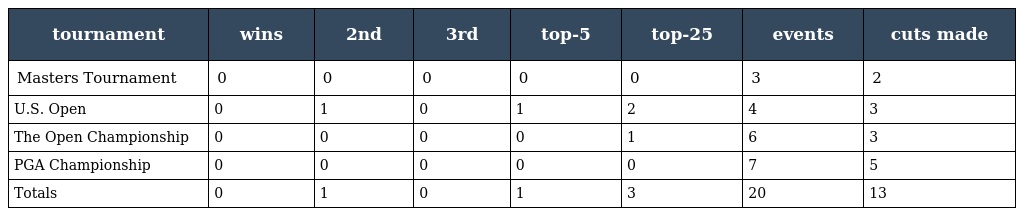
| tournament | wins | 2nd | 3rd | top-5 | top-25 | events | cuts made |
 | --- | --- | --- | --- | --- | --- | --- | --- |
 | Masters Tournament | 0 | 0 | 0 | 0 | 0 | 3 | 2 |
 | U.S. Open | 0 | 1 | 0 | 1 | 2 | 4 | 3 |
 | The Open Championship | 0 | 0 | 0 | 0 | 1 | 6 | 3 |
 | PGA Championship | 0 | 0 | 0 | 0 | 0 | 7 | 5 |
 | Totals | 0 | 1 | 0 | 1 | 3 | 20 | 13 |